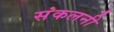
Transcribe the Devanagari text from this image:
संकलनी